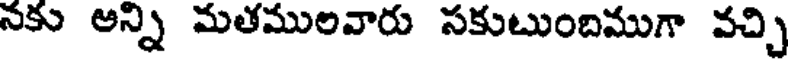
నకు అన్ని మతములవారు సకుటుందిముగా వచ్చి